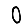
Digit: 0